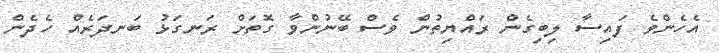
އެހެންވެ ފައިސާ ލިބިގެން ރައްޔިތުން ވެސް ބޭނުންވާ ގޮތަށް ރަނގަޅު ބަނދަރެއް ހެދެން